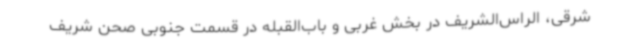
شرقی، الراس‌الشریف در بخش غربی و باب‌القبله در قسمت جنوبی صحن شریف